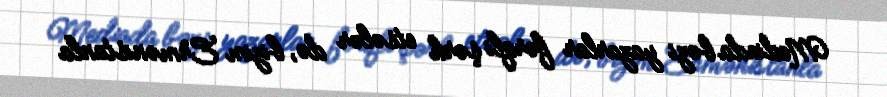
Mediada bəzi yazarlar fərqli şərh etsələr də, bizim Ermənistanla